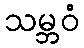
သမ္ဘဝံ